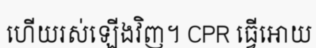
ហើយរស់ឡើងវិញ។ CPR ធ្វើអោយ